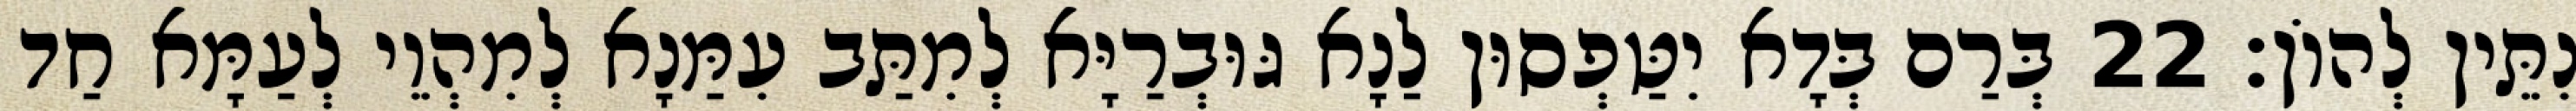
נִתֵּין לְהוֹן׃ 22 בְּרַם בְּדָא יִטַּפְסוּן לַנָא גּוּבְרַיָּא לְמִתַּב עִמַּנָא לְמִהְוֵי לְעַמָּא חַד